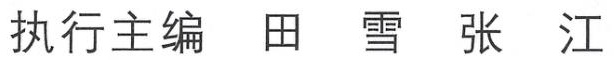
执行主编 田 雪 张 江